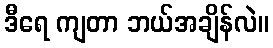
ဒီရေ ကျတာ ဘယ်အချိန်လဲ။